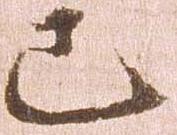
已